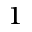
^ { 1 }